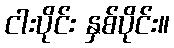
ငါးပိုင်း နှစ်ပိုင်း။